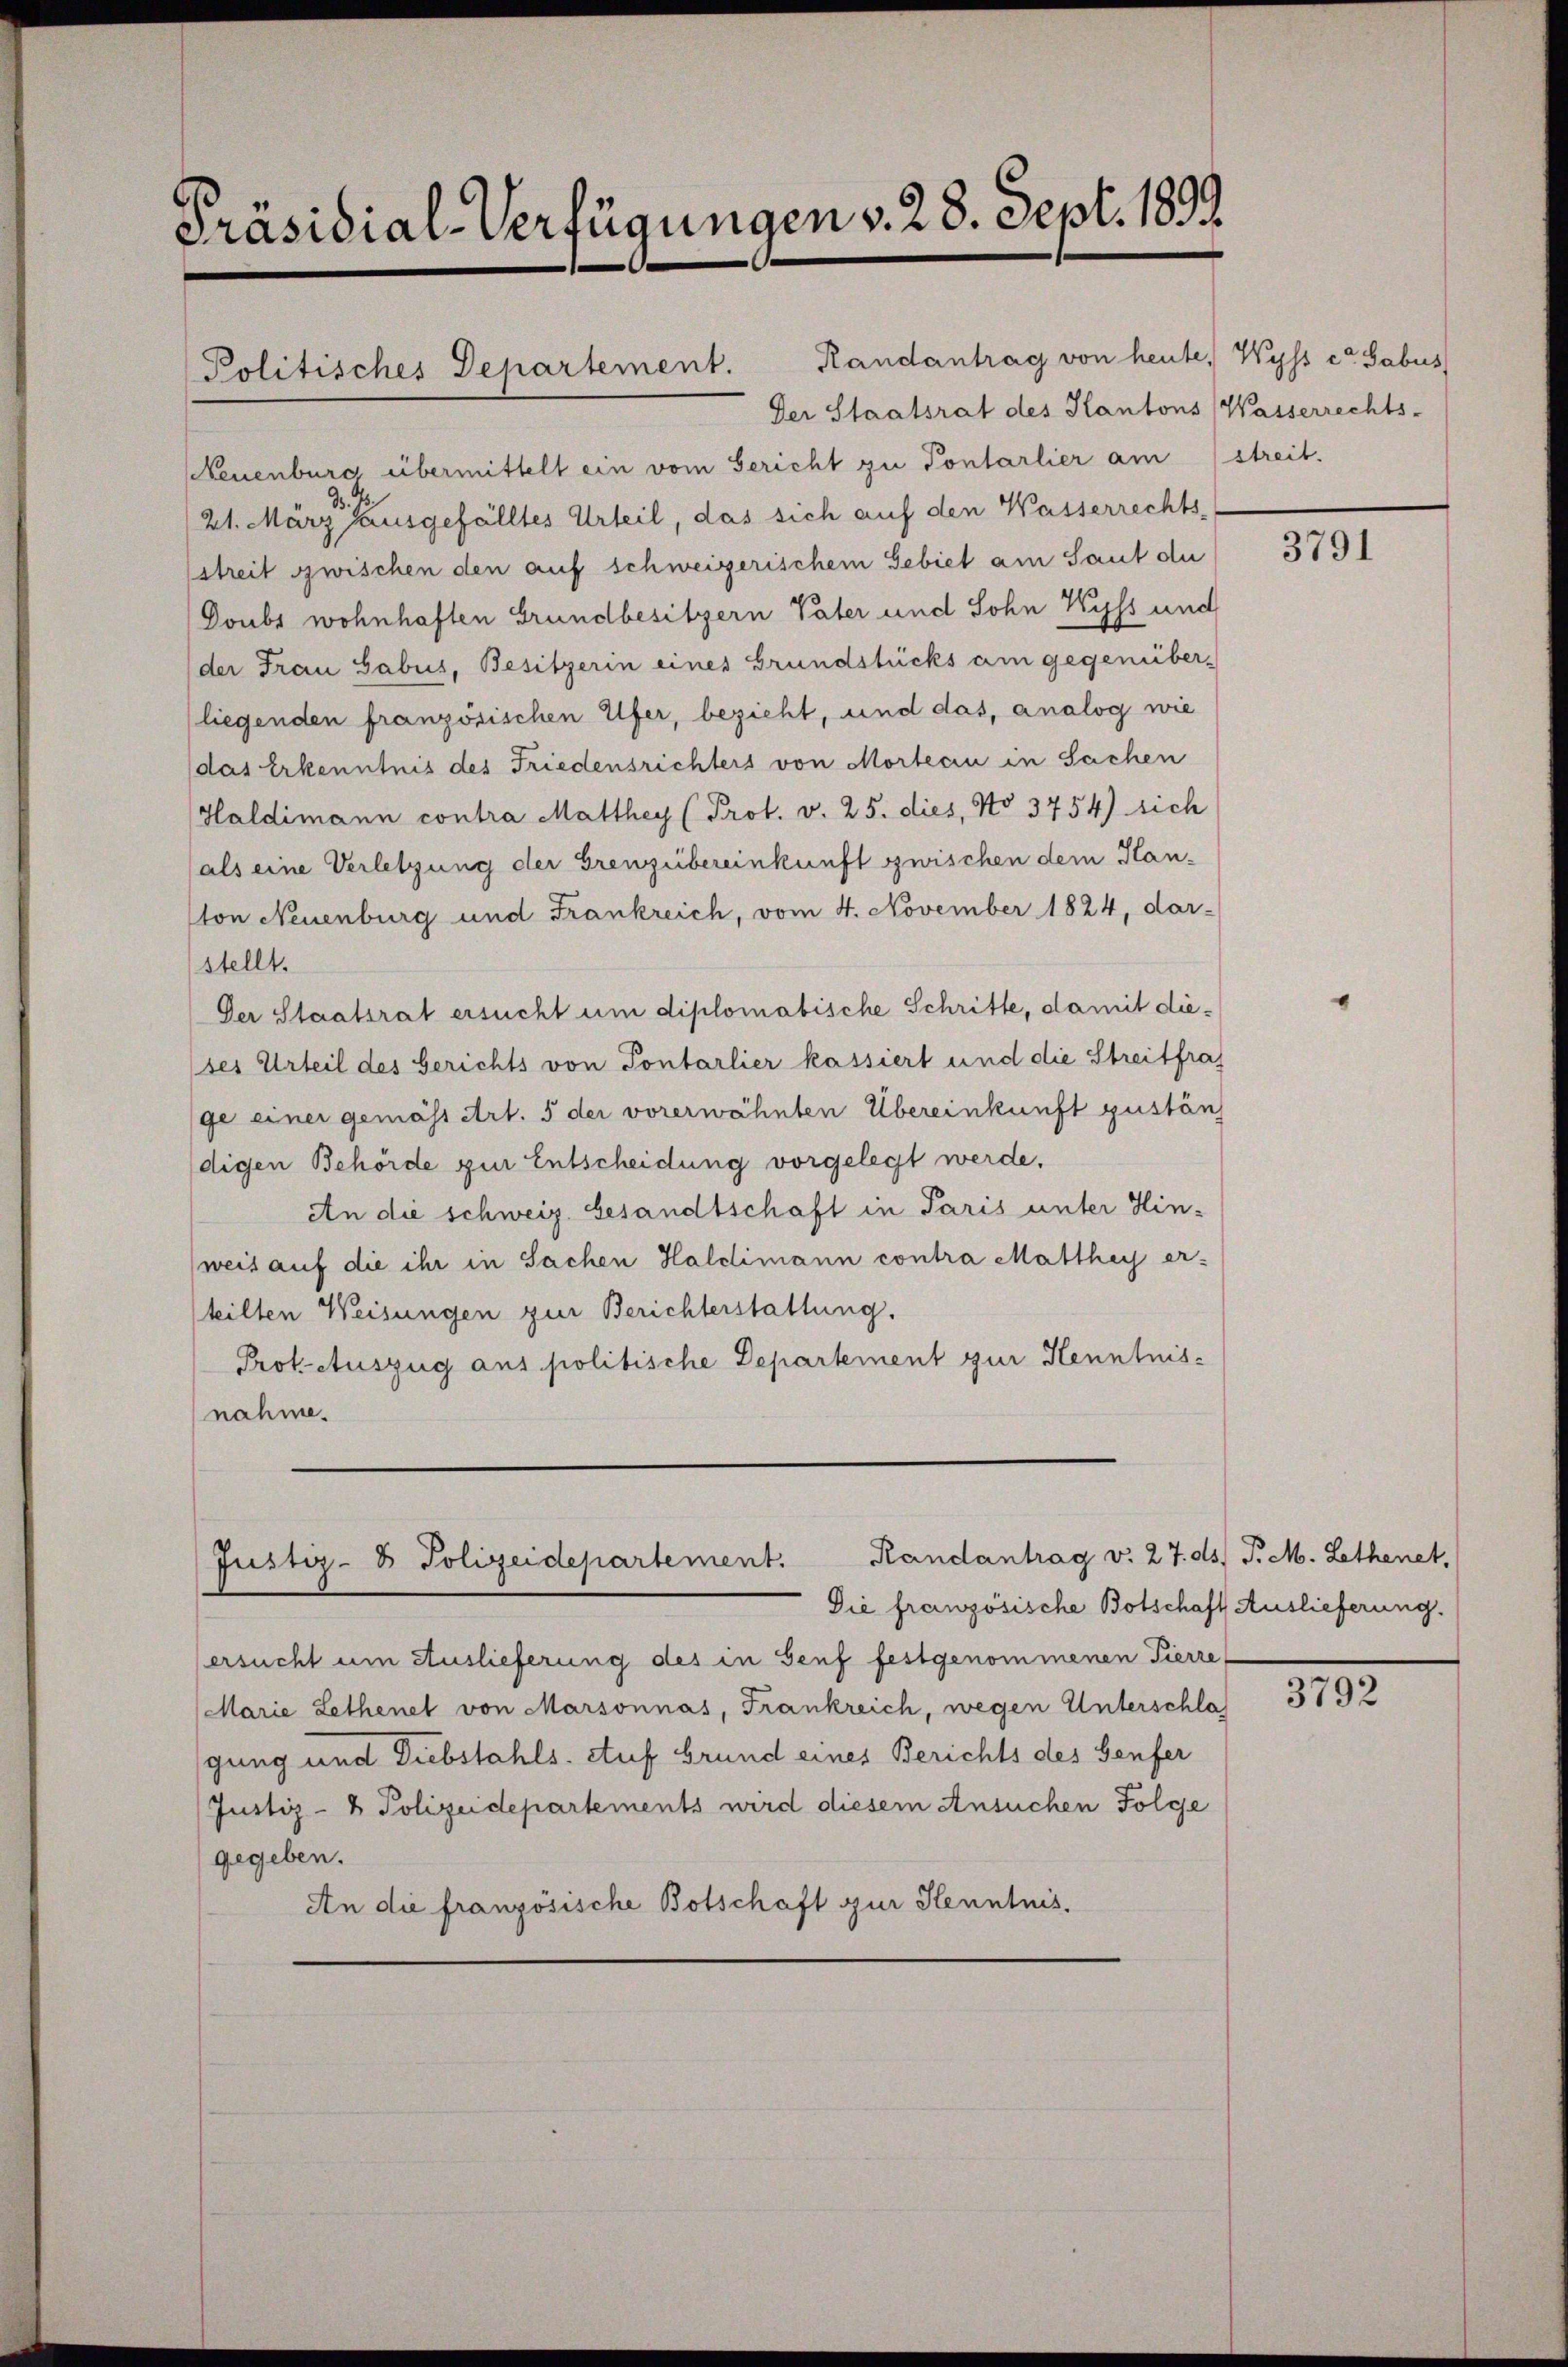
Präsidial-Verfügungen v. 28. Sept. 1899

Politisches Departement.

Randantrag von heute, Wyss et Sabus
Der Staatsrat des Kantons Wasserrechts-
Neuenburg übermittelt ein vom Gericht zu Pontarlier am streit.
21. März ausgefälltes Urteil, das sich auf den Wasserrechts-
streit zwischen den auf schweizerischem Gebiet am Saut du
Doubs wohnhaften Grundbesitzern Vater und Sohn Wyss und
der Frau Gabus, Besitzerin eines Grundstücks am gegenüber-
(liegenden französischen Ufer, bezieht, und das, analog wie
(das Erkenntnis des Friedensrichters von Mortecin in Sachen
Haldimann contra Matthey (Prot. v. 25. dies, No 3754) sich
als eine Verletzung der Grenzübereinkunft zwischen dem Hanton Neuenburg und Frankreich, vom 4. November 1824, dar-
stellt.
Der Staatsrat ersucht um diplomatische Schritte, damit dieses Urteil des berichts von Pontarlier kassiert und die Streitfra,
ge einer gemäss Art. 5 der vorerwähnten Übereinkunft zustän
digen Behörde zur Entscheidung vorgelegt werde.
An die schweiz. Gesandtschaft in Paris unter Hinweis auf die ihr in Sachen Haldimann contra Matthey er-
teilten Weisungen zur Berichterstattung.
Prok-Auszug aus politische Departement zur Kenntnis-
nahme.

Randantrag v. 27. ds. P. M. Lethenet,
Justiz- & Polizeidepartement.

Die französische Botschaft Auslieferung.
ersucht um Auslieferung des in Genf festgenommenen Pierre-
Marie Lethenel von Marsonnas, Frankreich, wegen Unterschlos
gung und Diebstahls. Auf Grund eines Berichts des Genfer
Justiz- & Polizeidepartements wird diesem Ansuchen Folge
gegeben.
An die französische Botschaft zur Senntnis.

3791

3792